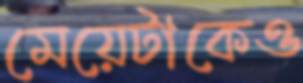
মেয়েটাকেও